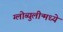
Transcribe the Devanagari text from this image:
ग्लोब्युलीन्मध्ये